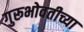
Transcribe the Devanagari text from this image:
गुरूभोवतीच्या